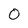
Character: O